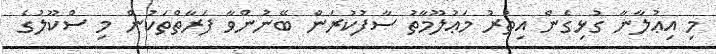
މި އިޢުލާނާ ގުޅިގެން އިތުރު މަޢުލޫމާތު ސާފުކުރަން ބޭނުންވާ ފަރާތްތަކުން މި ސްކޫލުގެ